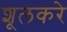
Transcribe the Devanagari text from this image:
शूलकरे